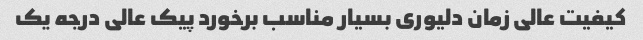
کیفیت عالی زمان دلیوری بسیار مناسب برخورد پیک عالی درجه یک